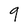
Character: 9